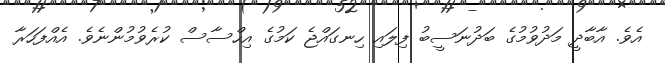
އެވެ. އާބާދީ މަދުވުމުގެ ބަދުނަސީބު ފިލައި ހިނގައްޖެ ކަމުގެ އިހްސާސް ކުރެވުމުންނެވެ. އެއްފަހަރާ